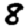
Digit: 8